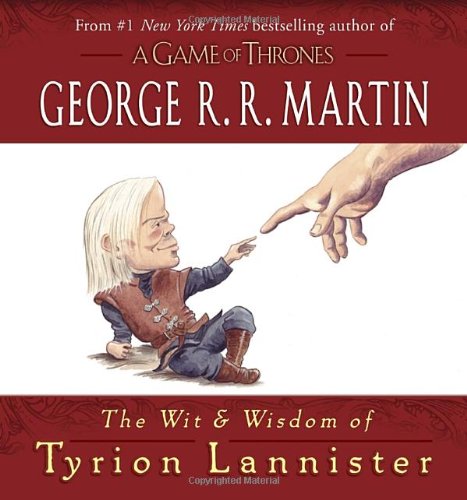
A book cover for The Wit & Wisdom of Tyrion Lannister; George R. R. Martin; Science Fiction & Fantasy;